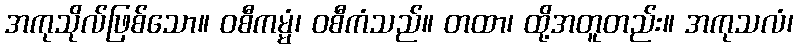
အကုသိုလ်ဖြစ်သော။ ဝစီကမ္မံ၊ ဝစီကံသည်။ တထာ၊ ထို့အတူတည်း။ အကုသလံ၊